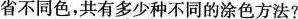
省不同色，共有多少种不同的涂色方法?